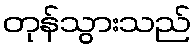
တုန်သွားသည်